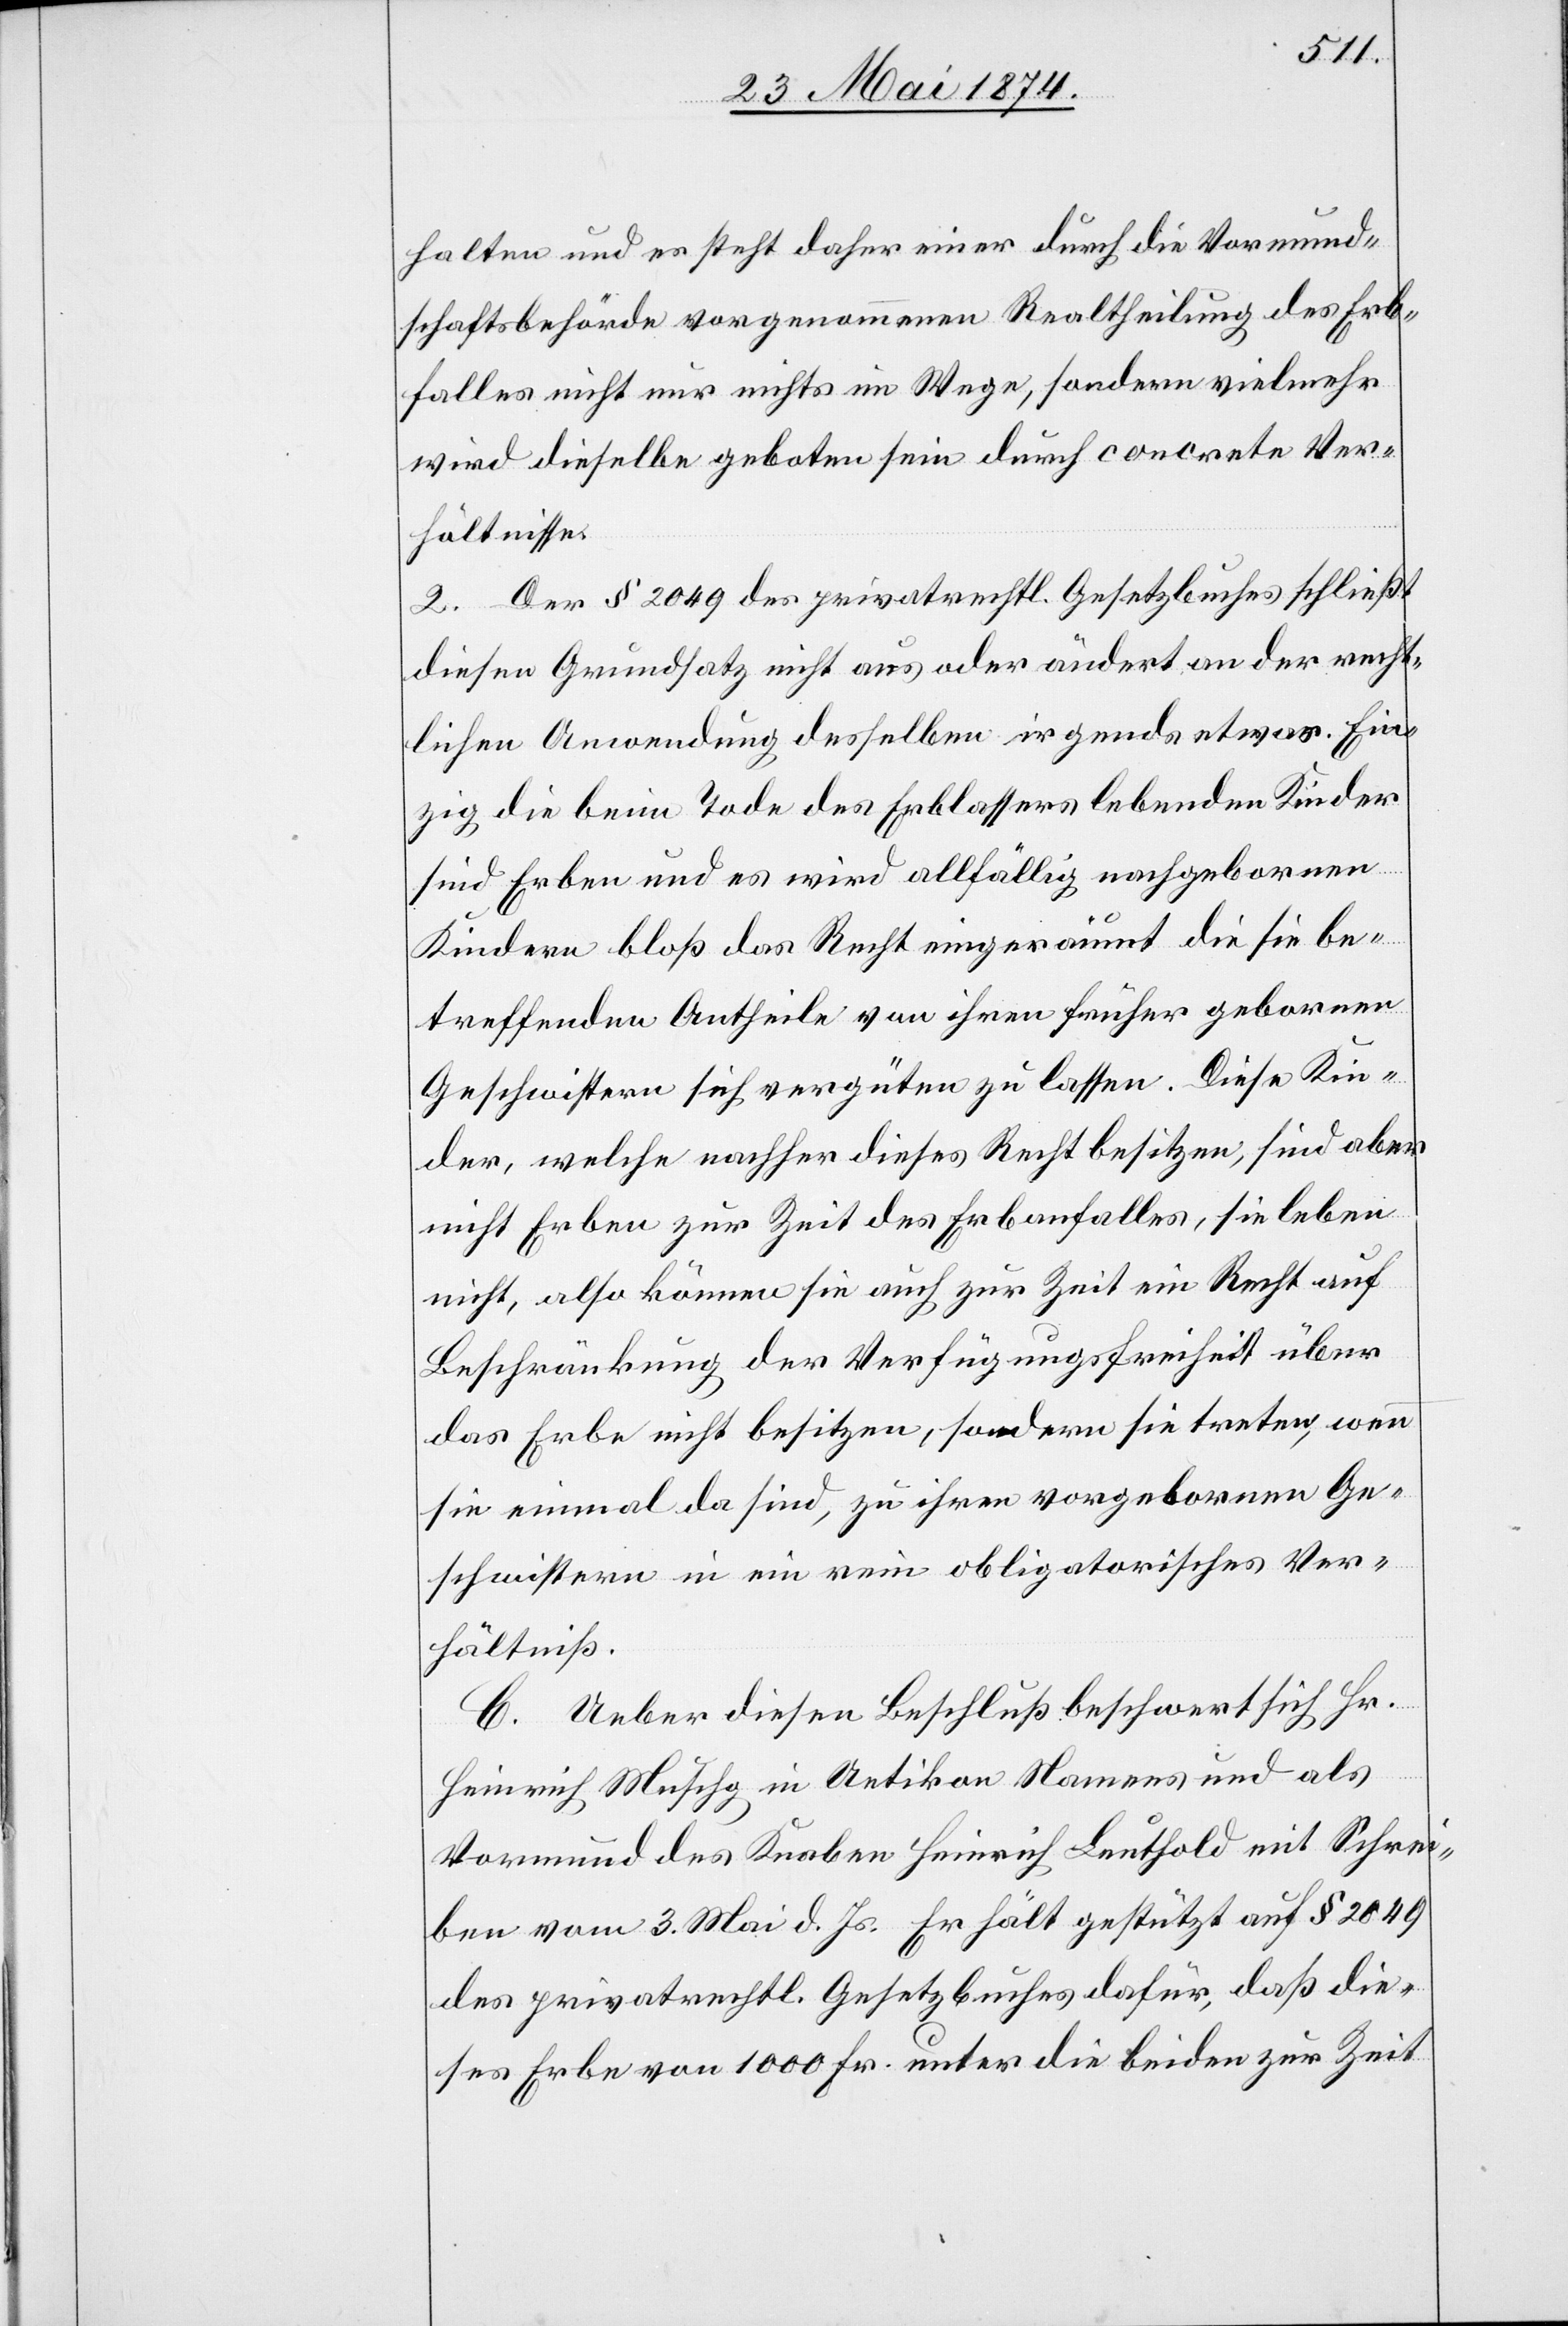
c!]. Ein¬
halten und es steht daher einer durch die Vormund¬
schaftsbehörde vorgenommenen Realtheilung des Erb¬
falles nicht nur nichts im Wege, sondern vielmehr
wird dieselbe geboten sein durch concrete Ver¬
hältnisse.
2. Der § 2049 des privatrechtl. Gesetzbuches schließt
diesen Grundsatz nicht aus oder ändert an der recht¬
lichen Anwendung desselben irgendsetwas [si¬
zig die beim Tode des Erblassers lebenden Kinder
sind Erben und es wird allfällig nachgebornen
Kindern bloß das Recht eingeräumt die sie be¬
treffenden Antheile von ihren früher gebornen
Geschwistern sich vergüten zu lassen. Diese Kin¬
der, welche nachher dieses Recht besitzen, sind aber
nicht Erben zur Zeit des Erbanfalles, sie leben
nicht, also können sie auch zur Zeit ein Recht auf
Beschränkung der Verfügungsfreiheit über
das Erbe nicht besitzen, sondern sie treten, wenn
sie einmal da sind, zu ihren vorgebornen Ge¬
schwistern in ein rein obligatorisches Ver¬
hältniß.
C. Ueber diesen Beschluß beschwert sich Hr.
Heinrich Muschg in Uetikon Namens und als
Vormund des Knaben Heinrich Leuthold mit Schrei¬
ben vom 3. Mai d. Js. Er hält gestützt auf § 2049
des privatrechtl. Gesetzbuches dafür, daß die¬
ses Erbe von 1000 Fr. unter die beiden zur Zeit